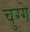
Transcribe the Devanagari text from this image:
चुग्गे